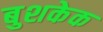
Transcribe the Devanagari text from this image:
बुशकेक